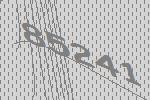
85241